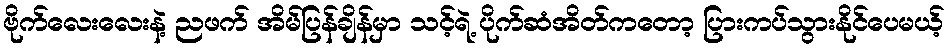
ဗိုက်လေးလေးနဲ့ ညဖက် အိမ်ပြန်ချိန်မှာ သင့်ရဲ့ ပိုက်ဆံအိတ်ကတော့ ပြားကပ်သွားနိုင်ပေမယ့်